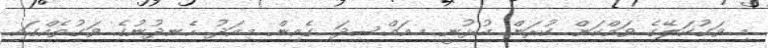
މި ވަގުކަލޭގެ ވައްކަން ކުރަން އުޅުނީ މ.އައްސިދަ ގެއިން މިއަދު ހެނދުނުގެ ވަގުތެއްގައި